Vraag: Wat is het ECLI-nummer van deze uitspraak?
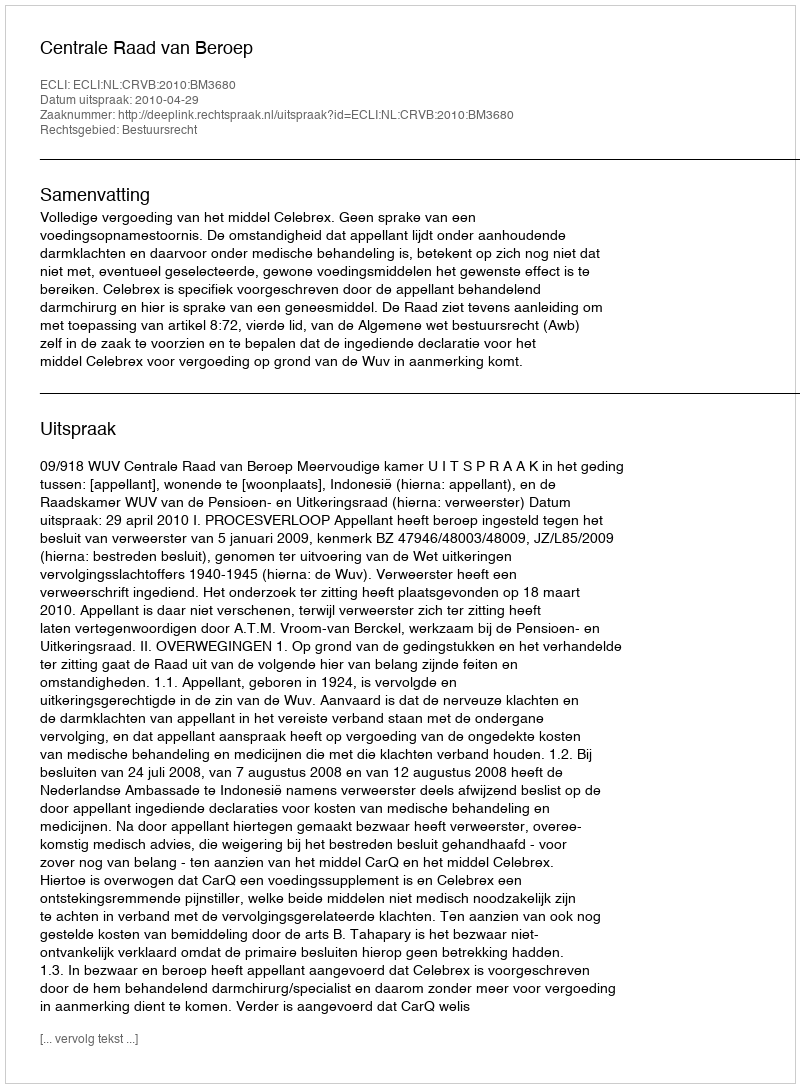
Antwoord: ECLI:NL:CRVB:2010:BM3680